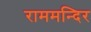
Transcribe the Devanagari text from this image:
राममन्दिर